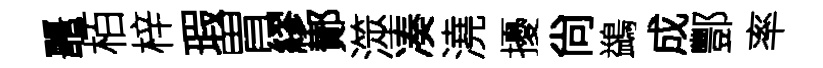
鼉栢梓瑕胃繆鄼澨凑澆擾尙鷁成酆率